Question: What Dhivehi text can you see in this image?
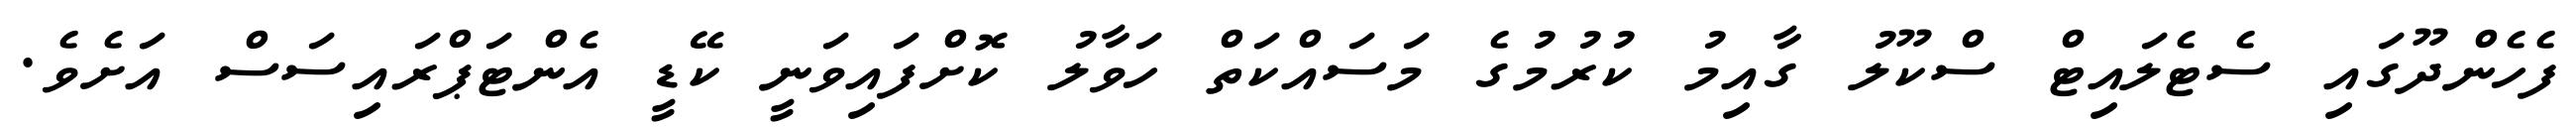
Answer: ފެހެންދޫގައި ސެޓެލައިޓް ސްކޫލު ގާއިމު ކުރުމުގެ މަސައްކަތް ހަވާލު ކޮށްފައިވަނީ ކޭޑީ އެންޓަޕްރައިސަސް އަށެވެ.